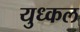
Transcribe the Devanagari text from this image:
युध्कल